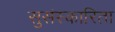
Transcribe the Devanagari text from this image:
सुसंस्कारिता